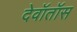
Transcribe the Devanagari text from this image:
देवॉतॉस